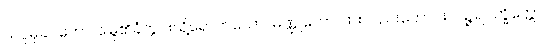
သပ္ပမုခဂတော၊ မြွေ၏ခံတွင်းသို့ရောက်သော။ မဏ္ဍူကော၊ ဖားလည်းကောင်း။ ပဉ္ဇရပက္ခိတ္တော၊